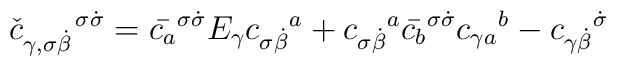
{\check c}_{\gamma, \sigma \dot \beta}^{\enspace \enspace \enspace \,\sigma \dot \sigma}=\bar {c_{a}}^{\sigma \dot \sigma}E_{\gamma}{c_{\sigma \dot \beta}}^{a} +{c_{\sigma \dot \beta}}^{a}\bar {c_{b}}^{\sigma \dot \sigma}{c_{\gamma a}}^{b} - {c_{\gamma \dot \beta}}^{\dot \sigma}